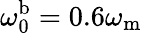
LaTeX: \omega_{\mathrm{0}}^{\mathrm{b}}=0.6\omega_{\mathrm{m}}